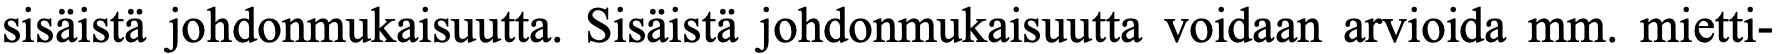
sisäistä johdonmukaisuutta. Sisäistä johdonmukaisuutta voidaan arvioida mm. mietti-